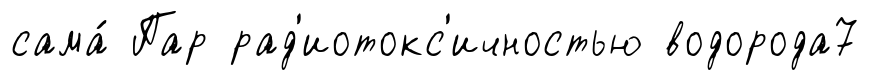
сама́ Пар рад'иотокс'ичностью водорода7